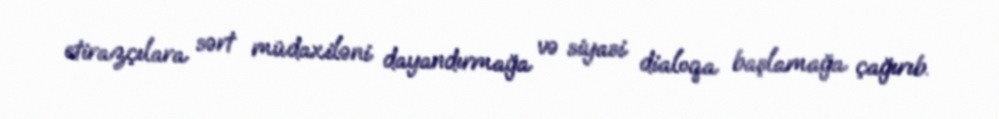
etirazçılara sərt müdaxiləni dayandırmağa və siyasi dialoqa başlamağa çağırıb.